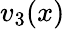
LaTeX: v_{3}(x)